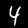
Digit: 4